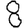
Digit: 8